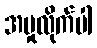
အမှုလိုက်ပါ